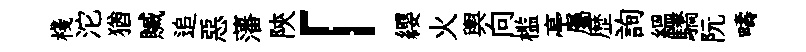
棧沱猶贓追惡藩陝「纓火輿向槛亭屬歴詢緼驕阮疇